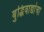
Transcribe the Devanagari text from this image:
बुद्धिवाद्यांचा